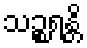
သဉ္စရန္တိ